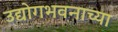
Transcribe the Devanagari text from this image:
उद्योगभवनाच्या